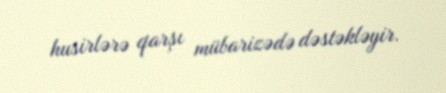
husirlərə qarşı mübarizədə dəstəkləyir.